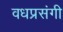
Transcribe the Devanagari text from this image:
वधप्रसंगी